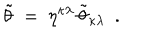
LaTeX: \tilde { \theta } ~ = ~ \eta ^ { \kappa \lambda } \, \tilde { \theta } _ { \kappa \lambda } ~ ~ .